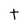
Character: t